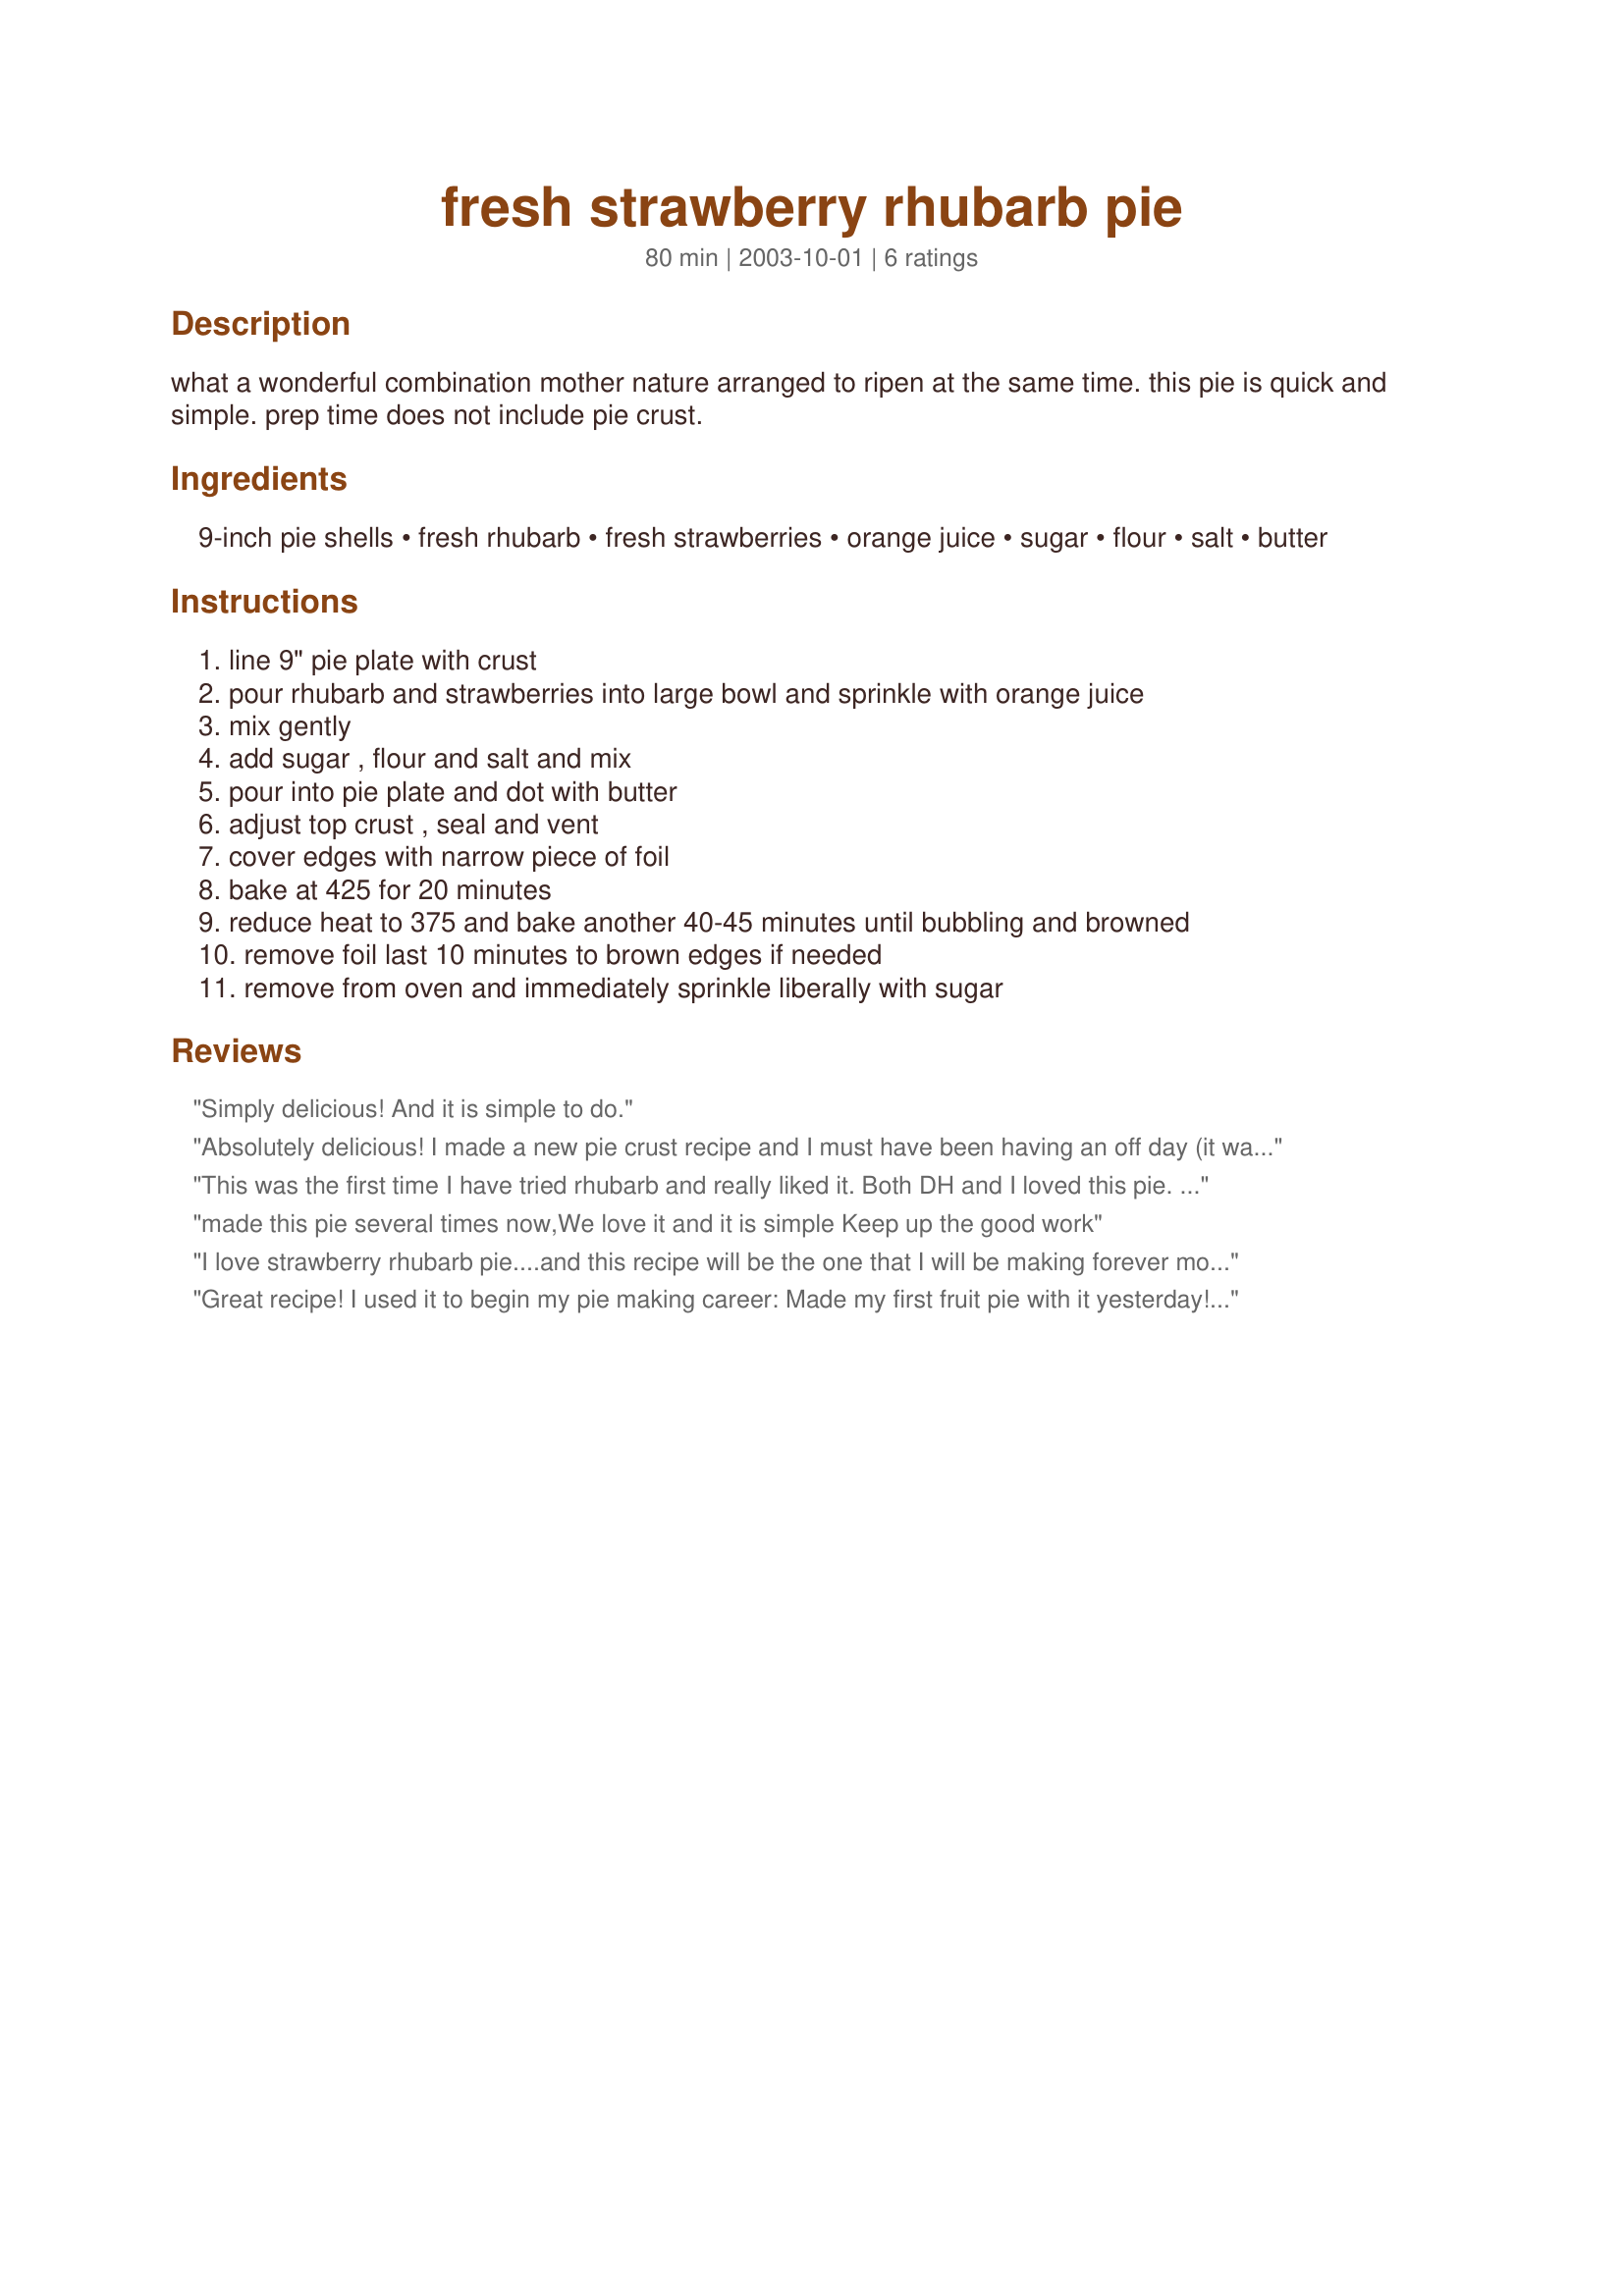
fresh strawberry rhubarb pie
Preparation time: 80 minutes

what a wonderful combination mother nature arranged to ripen at the same time. this pie is quick and simple. prep time does not include pie crust.

Ingredients:
9-inch pie shells, fresh rhubarb, fresh strawberries, orange juice, sugar, flour, salt, butter

Steps:
line 9" pie plate with crust, pour rhubarb and strawberries into large bowl and sprinkle with orange juice, mix gently, add sugar , flour and salt and mix, pour into pie plate and dot with butter, adjust top crust , seal and vent, cover edges with narrow piece of foil, bake at 425 for 20 minutes, reduce heat to 375 and bake another 40-45 minutes until bubbling and browned, remove foil last 10 minutes to brown edges if needed, remove from oven and immediately sprinkle liberally with sugar

Reviews:
Simply delicious! And it is simple to do.
Absolutely delicious! I made a new pie crust recipe and I must have been having an off day (it was way too wet and mostly fell apart), but your filling saved the entire pie from being ruined! I did dice the rhubarb quite small, maybe 1/4- 1/2 inch pieces and only halved the strawberries. I will make this pie again and again. Thank you for sharing.
This was the first time I have tried rhubarb and really liked it. Both DH and I loved this pie. I will definitely make this again.
made this pie several times now,We love it and it is simple
Keep up the good work
I love strawberry rhubarb pie....and this recipe will be the one that I will be making forever more (not that I am unwilling to try new...I will just know that this is the "IT" recipe. Simple, in this case, is best. I love it! I like another, forgot the butter, yet added it when I had the lattice top on (that worked okay). I loved it immensely!
Great recipe! I used it to begin my pie making career: Made my first fruit pie with it yesterday! It turned out well, even though I forgot the butter (oops.) I'll get the hang of this soon, and this is a great pie to use to start!
